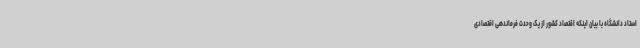
استاد دانشگاه با بیان اینکه اقتصاد کشور از یک وحدت فرماندهی اقتصادی